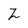
Character: Z